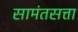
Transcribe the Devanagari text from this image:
सामंतसत्ता